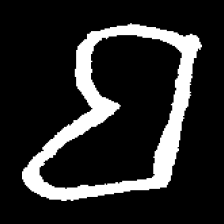
Pyu character \u2014 Myanmar letter: ဗ (romanized: ba)